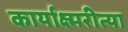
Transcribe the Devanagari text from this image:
कार्याक्ष्मरीत्या